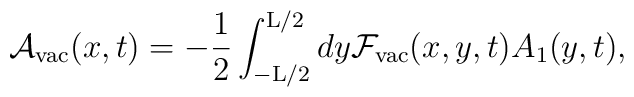
{\cal A}_{\rm vac}(x,t) = - \frac{1}{2} \int_{-{\rm L}/2}^{{\rm L}/2}dy {\cal F}_{\rm vac}(x,y,t) A_1(y,t),